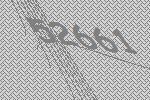
52661